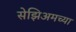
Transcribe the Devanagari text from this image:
सेझिअमच्या